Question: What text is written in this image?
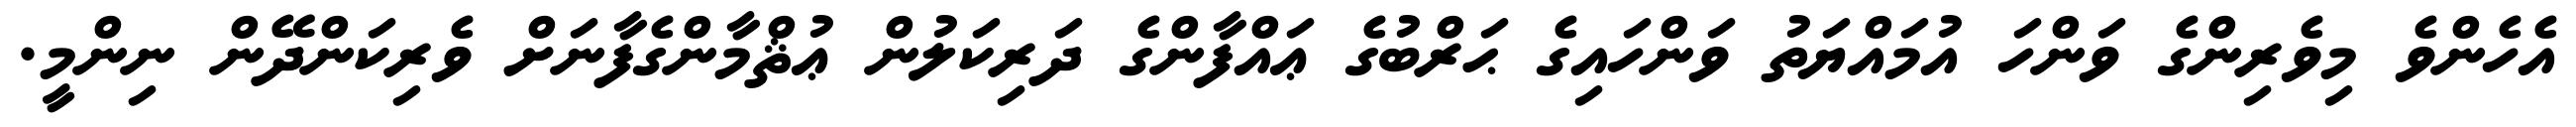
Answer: އެހެންވެ މިވެރިންގެ ވަންހަ އުމައްޔަތު ވަންހައިގެ ޙަރްބުގެ ޢައްފާންގެ ދަރިކަލުން ޢުޘްމާންގެފާނަށް ވެރިކަންދޭން ނިންމީ.